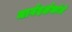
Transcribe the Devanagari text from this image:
मार्गदर्शकांचे